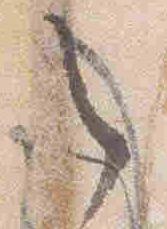
之